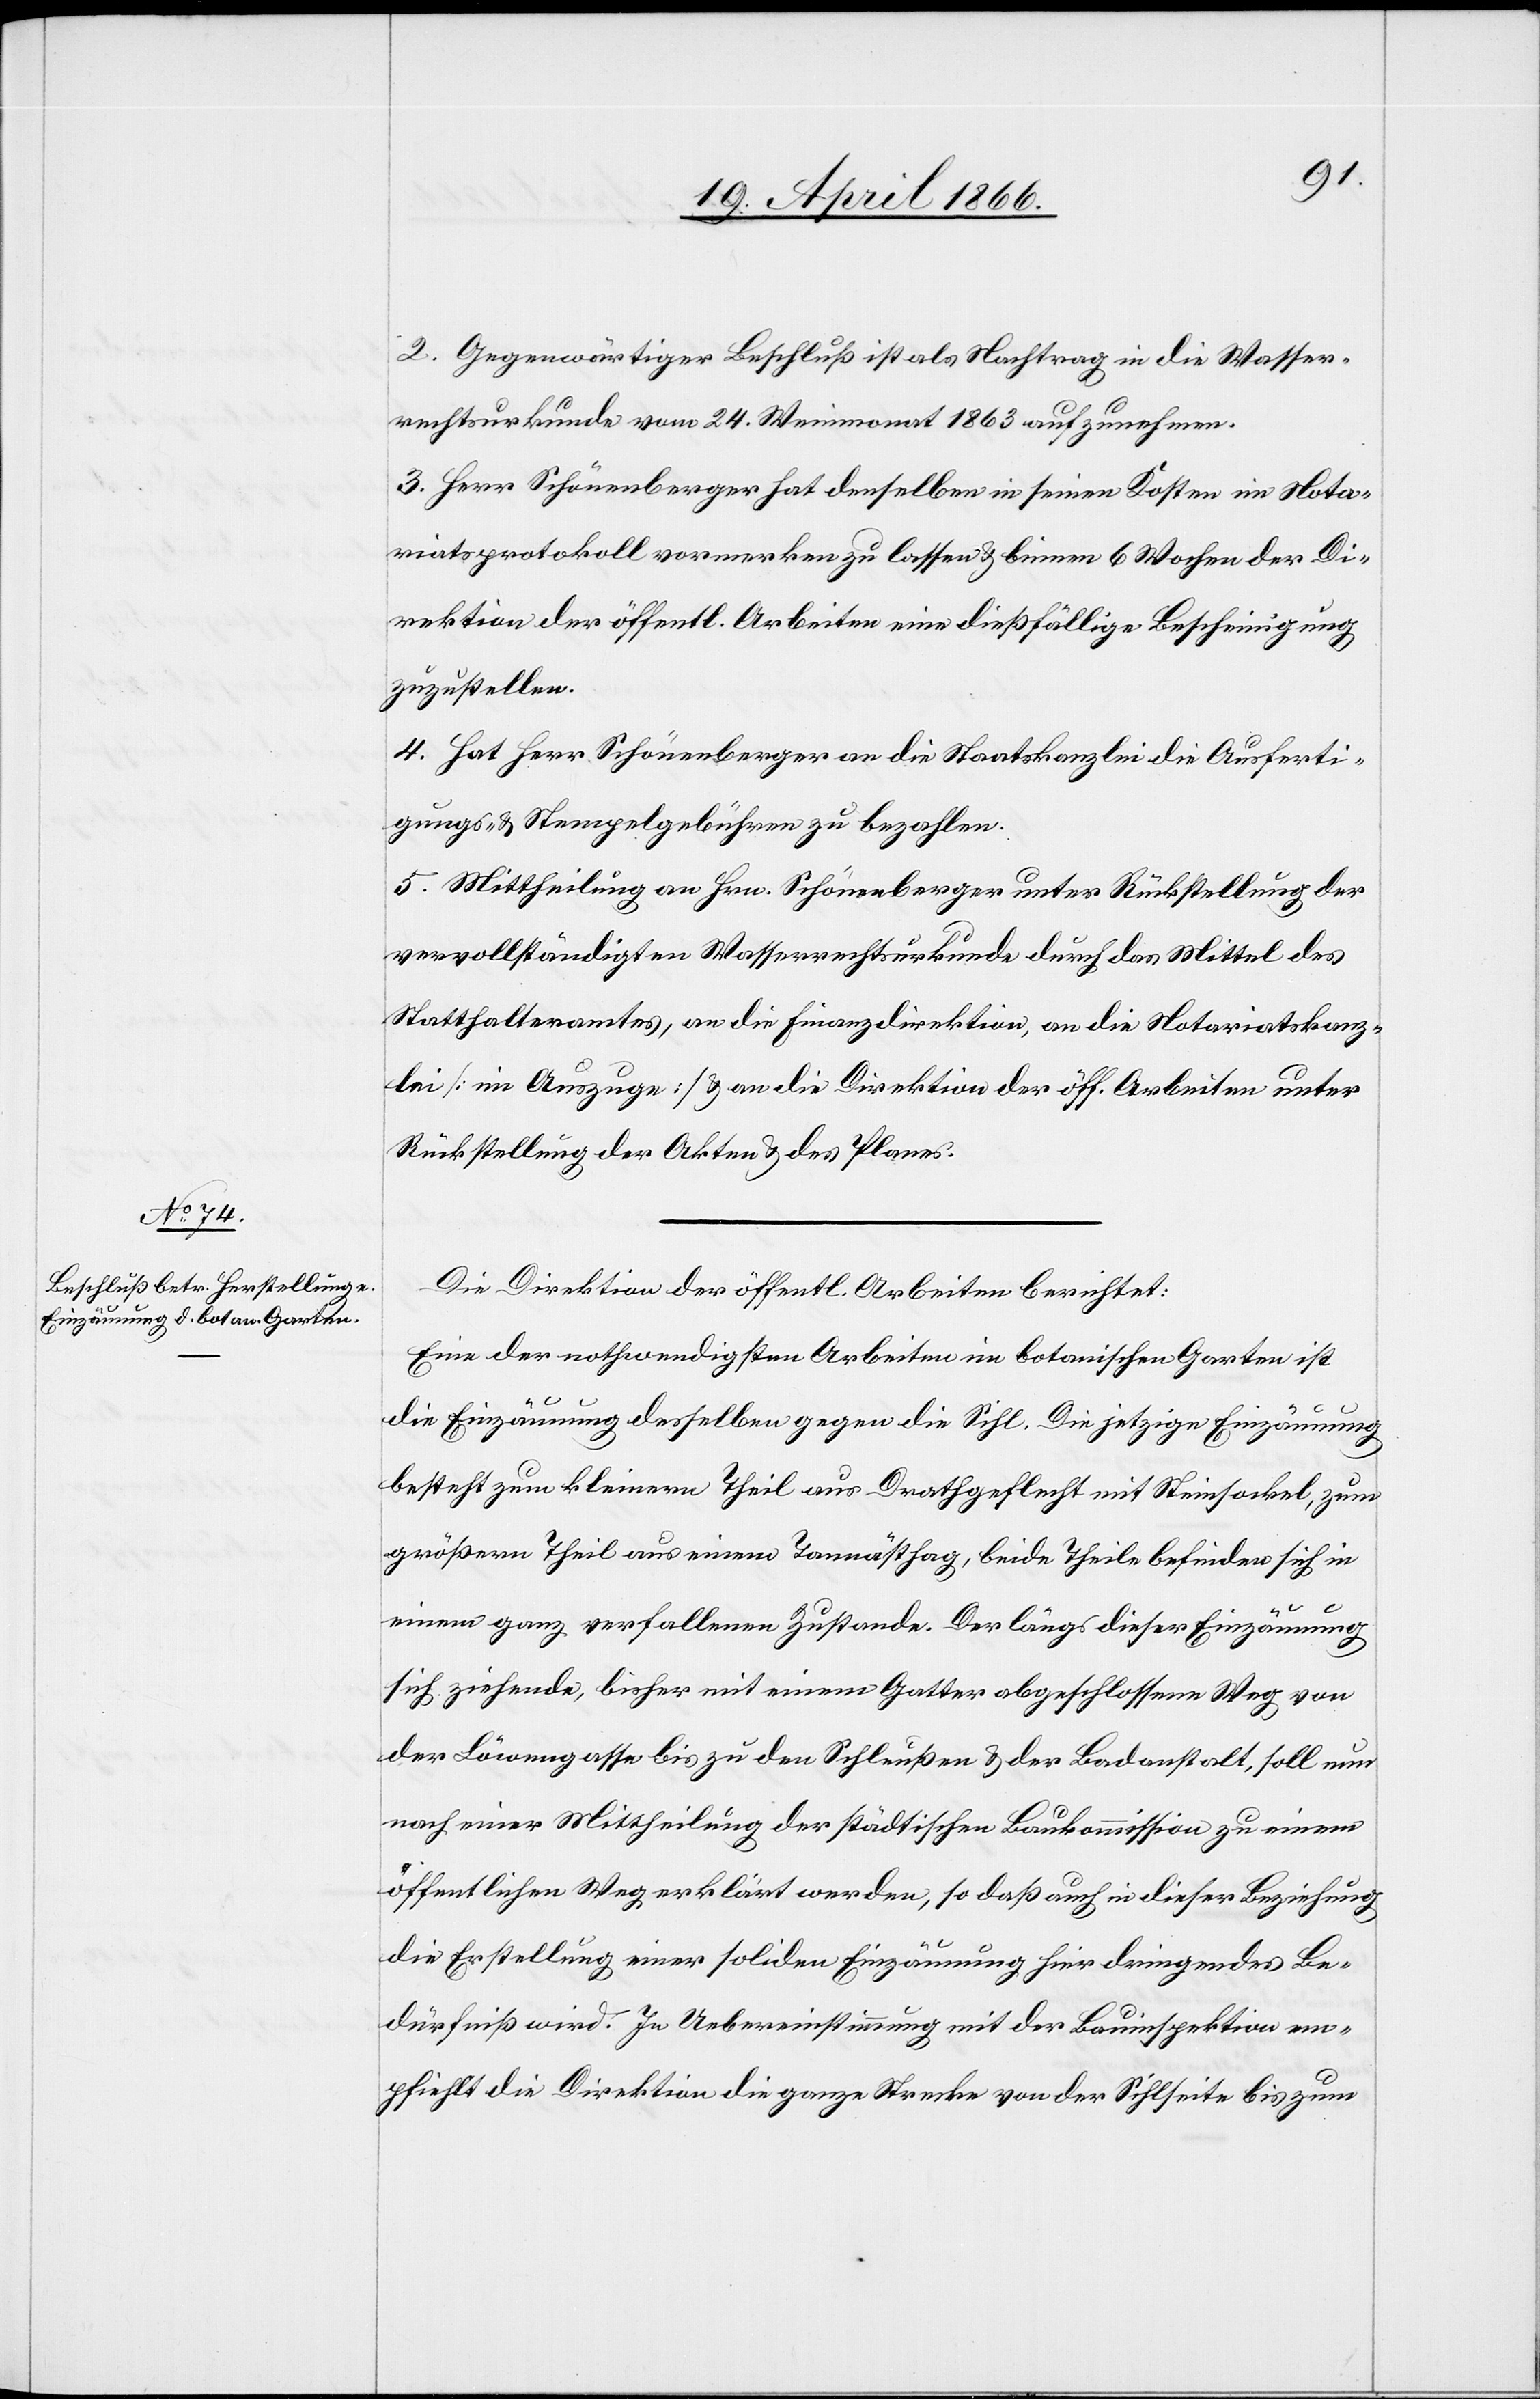
2. Gegenwärtiger Beschluß ist als Nachtrag in die Wasser¬
rechtsurkunde vom 24. Weinmonat 1863 aufzunehmen.
3. Herr Schönenberger hat denselben in seinen Kosten im Nota¬
riatsprotokoll vormerken zu lassen u. binnen 6 Wochen der Di¬
rektion der öffentl. Arbeiten eine dießfällige Bescheinigung
zuzustellen.
4. Hat Herr Schönenberger an die Staatskanzlei die Ausferti¬
gungs- u. Stempelgebühren zu bezahlen.
5. Mittheilung an Hrn. Schönenberger unter Rückstellung der
vervollständigten Wasserrechtsurkunde durch das Mittel des
Statthalteramtes, an die Finanzdirektion, an die Notariatskanz¬
lei [im Auszuge] u. an die Direktion der öff. Arbeiten unter
Rückstellung der Akten u. des Planes.
Die Direktion der öffentl. Arbeiten berichtet:
Eine der nothwendigsten Arbeiten im botanischen Garten ist
die Einzäunung desselben gegen die Sihl. Die jetzige Einzäunung
besteht zum kleinern Theil aus Drahtgeflecht mit Steinsockel, zum
größern Theil aus einem Tannästhag, beide Theile befinden sich in
einem ganz verfallenen Zustande. Der längs dieser Einzäunung
sich ziehende, bisher mit einem Gatter abgeschlossene Weg von
der Löwengasse bis zu den Schleußen u. der Badanstalt, soll nun
nach einer Mittheilung der städtischen Baukommission zu einem
öffentlichen Weg erklärt werden, so daß auch in dieser Beziehung
die Erstellung einer soliden Einzäunung hier dringendes Be¬
dürfniß wird. In Uebereinstimmung mit der Bauinspektion em¬
pfiehlt die Direktion die ganze Strecke von der Sihlseite bis zum